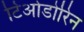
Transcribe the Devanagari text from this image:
टिओडोरिन